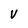
Character: v